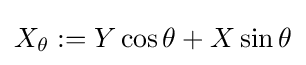
{\textstyle X_{\theta }:=Y\cos \theta +X\sin \theta }